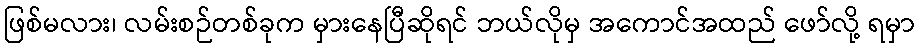
ဖြစ်မလား၊ လမ်းစဉ်တစ်ခုက မှားနေပြီဆိုရင် ဘယ်လိုမှ အကောင်အထည် ဖော်လို့ ရမှာ